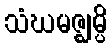
သံဃမဇ္ဈမ္ပိ